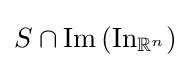
S\cap \operatorname {Im} \left(\operatorname {In} _{\mathbb {R} ^{n}}\right)